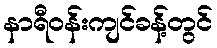
နာရီဝန်းကျင်ခန့်တွင်